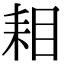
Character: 𮋦